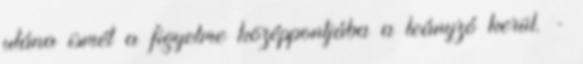
utána ismét a figyelme középpontjába a leányzó kerül. -